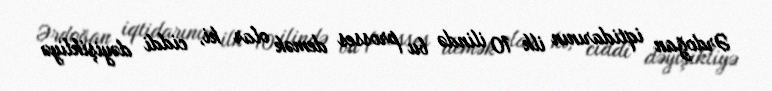
Ərdoğan iqtidarının ilk 10 ilində bu prosses demək olar ki, ciddi dəyişikliyə